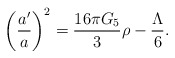
\begin{align*}\left({a'\over a}\right)^2 = {16\pi G_5 \over 3} \rho - {\Lambda \over 6}.\end{align*}